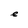
Character: e